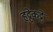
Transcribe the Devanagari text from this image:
हट्टेकट्टे